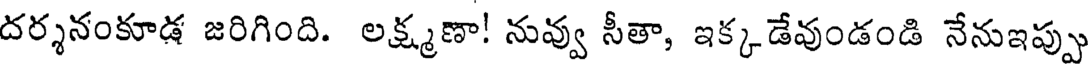
దర్శనంకూడ జరిగింది. లక్ష్మణా! నువ్వు సీతా, ఇక్కడేవుండండి నేనుఇప్పు